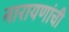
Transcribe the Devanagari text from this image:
नारायणांची